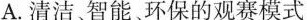
A.清洁智能环保的观赛模式